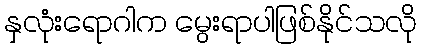
နှလုံးရောဂါက မွေးရာပါဖြစ်နိုင်သလို